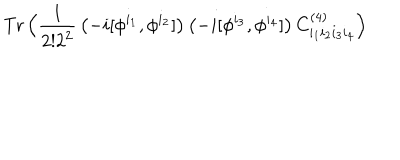
\mathrm { T r } \, \Big ( { \frac { 1 } { 2 ! 2 ^ { 2 } } } \left( - i [ \phi ^ { i _ { 1 } } , \phi ^ { i _ { 2 } } ] \right) \left( - i [ \phi ^ { i _ { 3 } } , \phi ^ { i _ { 4 } } ] \right) C _ { i _ { 1 } i _ { 2 } i _ { 3 } i _ { 4 } } ^ { ( 4 ) } \Big )